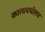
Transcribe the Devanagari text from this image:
कालावधीतच